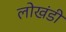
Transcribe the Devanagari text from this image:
लाेखंडी